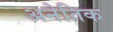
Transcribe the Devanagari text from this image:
अनेतिक